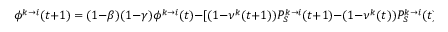
\phi ^ { k \to i } ( t + 1 ) = ( 1 - \beta ) ( 1 - \gamma ) \phi ^ { k \to i } ( t ) - [ ( 1 - \nu ^ { k } ( t + 1 ) ) P _ { S } ^ { k \to i } ( t + 1 ) - ( 1 - \nu ^ { k } ( t ) ) P _ { S } ^ { k \to i } ( t ) ]